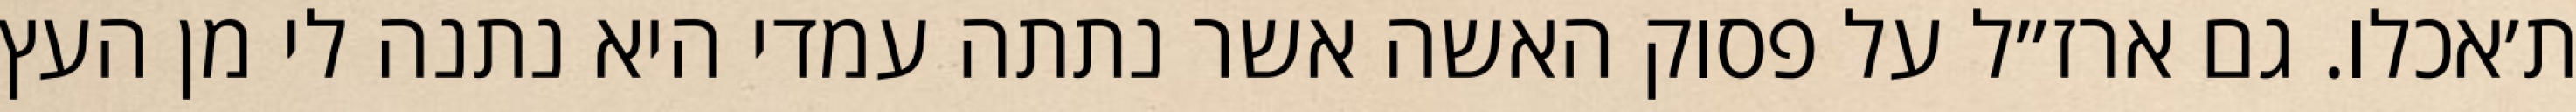
ת׳אכלו. גם ארז״ל על פסוק האשה אשר נתתה עמדי היא נתנה לי מן העץ